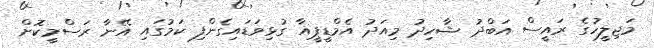
މަޖިލީހުގެ ރައީސް އަބްދު ޝާހިދު މިއަދު އެމްޑީޕީއާ ގުޅިވަޑައިގެންފި ކަމުގައި އޭނާ ރަސްމީކޮށް